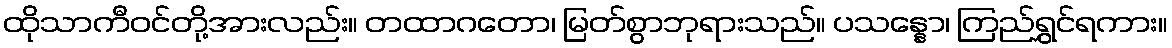
ထိုသာကီဝင်တို့အားလည်း။ တထာဂတော၊ မြတ်စွာဘုရားသည်။ ပသန္နော၊ ကြည်ရွှင်ရကား။